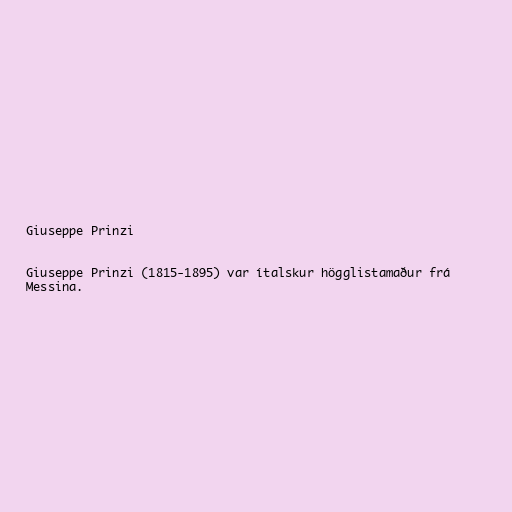
Giuseppe Prinzi

Giuseppe Prinzi (1815-1895) var ítalskur högglistamaður frá
Messina.